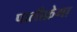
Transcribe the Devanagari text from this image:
पालीफ़ेगा